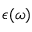
\epsilon ( \omega )